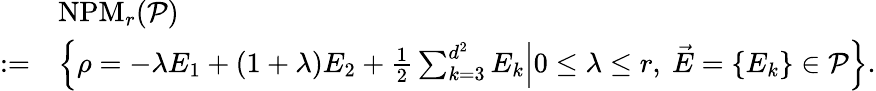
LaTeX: \begin{array}{r}{\begin{array}{rl}&{\mathrm{NPM}_{r}(\mathcal{P})}\\ {:=}&{\Bigl\{ \rho=-\lambda E_{1}+(1+\lambda)E_{2}+\frac{1}{2}\sum_{k=3}^{d^{2}}E_{k}\Big|0\le\lambda\le r,\ \vec{E}=\{ E_{k}\} \in\mathcal{P}\Bigr\} .}\end{array}}\end{array}